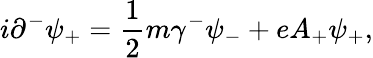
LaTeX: i{\partial}^{-}{\psi}_{+}=\frac{1}{2}m{\gamma}^{-}{\psi}_{-}+eA_{+}{\psi}_{+},